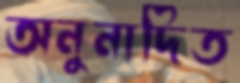
অনুনাদিত